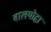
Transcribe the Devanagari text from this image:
बालयोद्धा